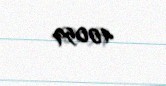
40059